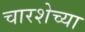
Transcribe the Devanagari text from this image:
चारशेच्या